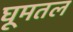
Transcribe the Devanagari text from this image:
घूमतल